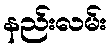
နည်းလမ်း